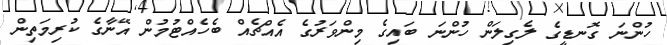
ހުންނަ ގޮނޑީގެ ލެގިލަން ހުންނަ ބައިގެ މިންވަރުގެ އެއްޗެއް ބެހެއްޓުމުން އޭނާގެ ކުރިމަތިން